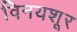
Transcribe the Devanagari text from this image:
विनयशूर